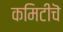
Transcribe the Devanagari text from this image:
कमिटीचॆ